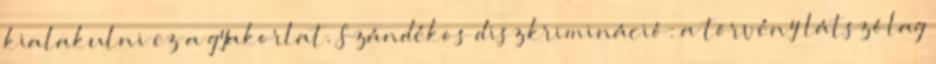
kialakulni ez a gyakorlat. Szándékos diszkrimináció: a törvény látszólag